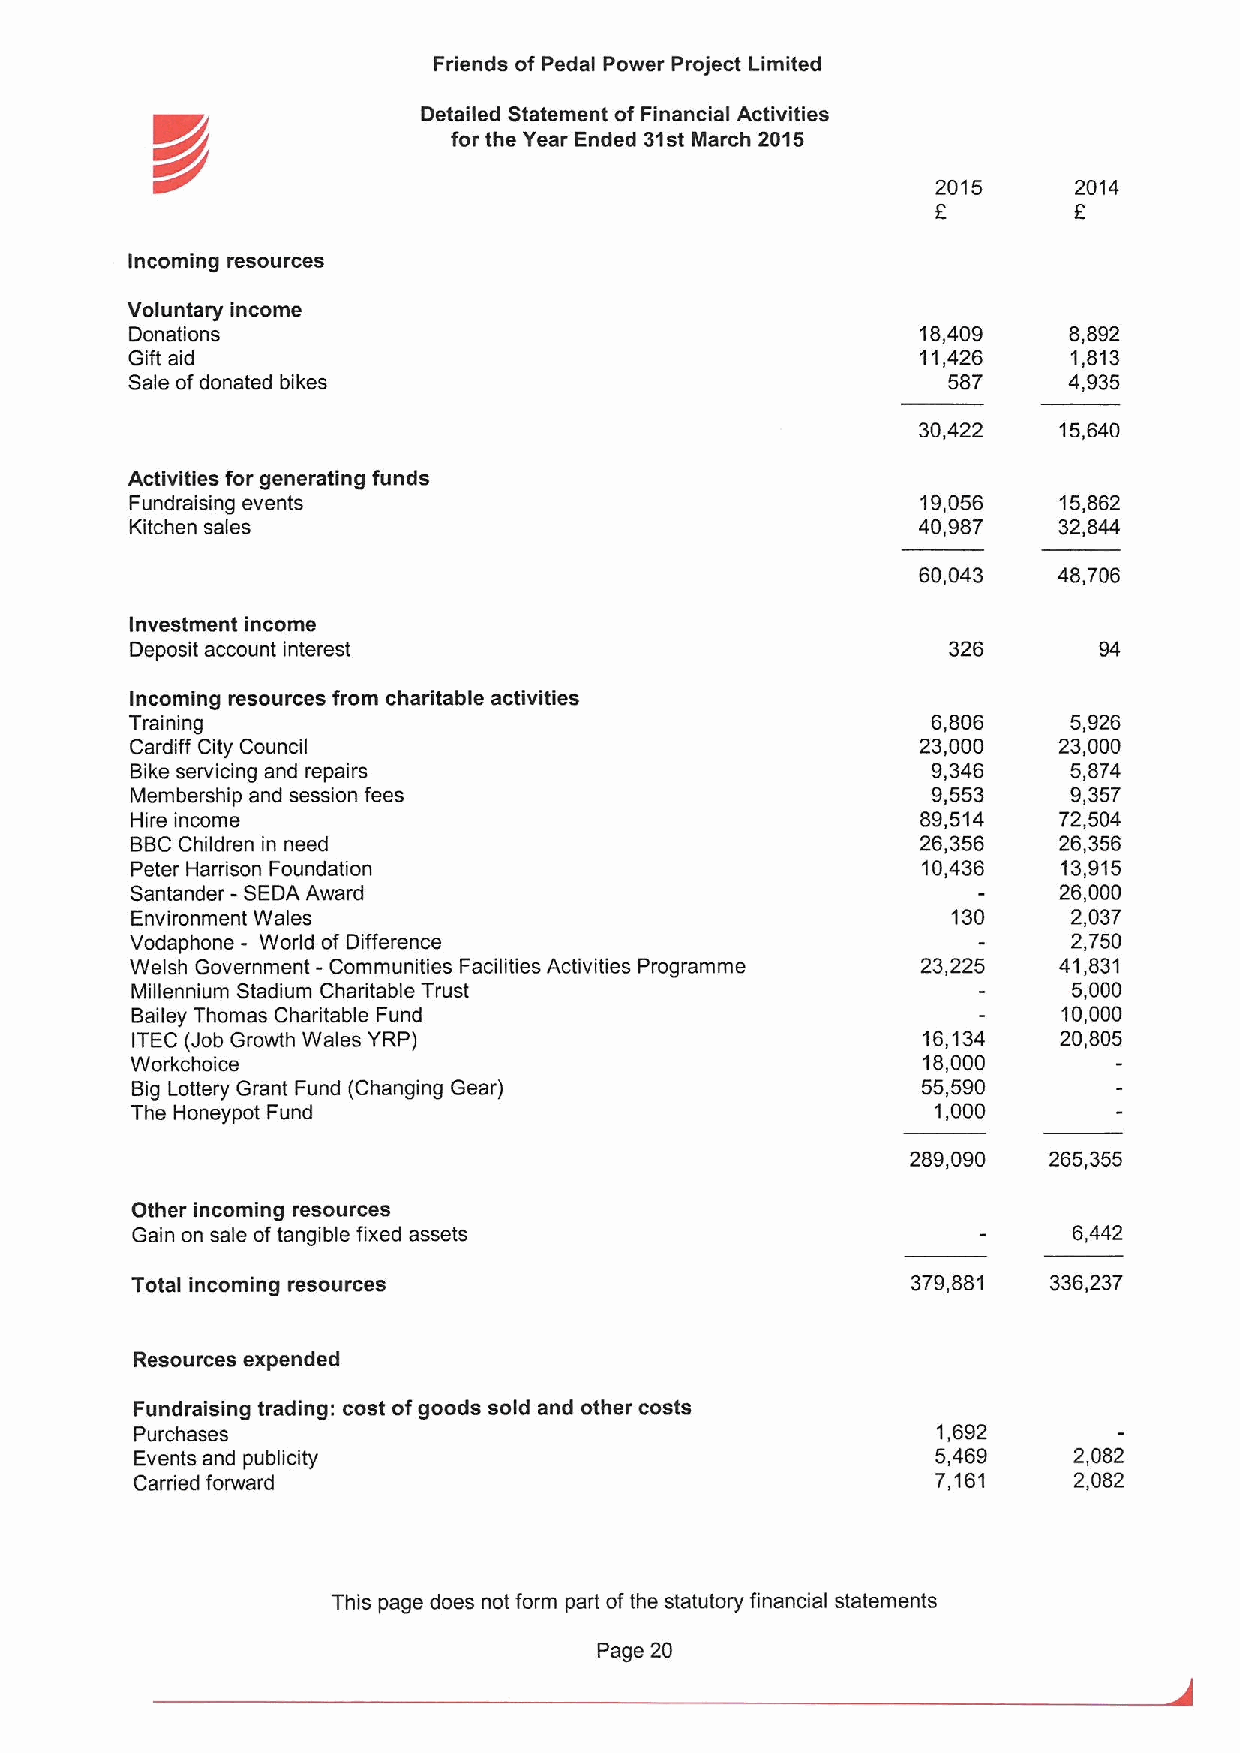
Friends of Pedal Power Project Limited
 Detailed Statement of Financial Activities
 K//                 for the Year Ended 31st March 2015
 2015     2014
 6        6
 Incoming resources
 Voluntary income
 Donations                                           18,409    8,892
 Gift aid                                             11,426    1,813
 Sale ofdonated bikes                                   587     4,935
 30,422   15,640
 Activities for generating funds
 Fundraising events                                  19,056   15,862
 Kitchen sales                                       40,987   32,844
 60,043   48,706
 Investment income
 Deposit account interest                              326       94
 Incoming resources from charitable activities
 Training                                             6,806    5,926
 Cardiff City Council                                23,000   23,000
 Bike servicing and repairs                           9,346    5,874
 Membership and session fees                          9,553    9,357
 Hire income                                         89,514   72,504
 BBCChildren in need                                 26,356   26,356
 Peter Harrison Foundation                           10,436   13,915
 Santander - SEDA Award                                       26,000
 Environment Wales                                     130     2,037
 Vodaphone - World of Difference                               2,750
 Welsh Government - Communities Facilities Activities Programme 23,225 41,831
 Millennium Stadium Charitable Trust                           5,000
 Bailey Thomas Charitable Fund                                10,000
 ITEC (Job Growth Wales YRP)                         16,134   20,805
 Workchoice                                          18,000
 Big Lottery Grant Fund (Changing Gear)              55,590
 The Honeypot Fund                                    1,000
 289,090  265,355
 Other incoming resources
 Gain on sale oftangible fixed assets                          6,442
 Total incoming resources                           379,881   336,237
 Resources expended
 Fundraising trading: cost ofgoods sold and other costs
 Purchases                                            1,692
 Events and publicity                                 5,469    2,082
 Carried forward                                      7,161    2,082
 This page does not form part ofthe statutory financial statements
 Page 20